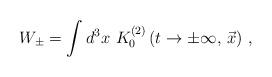
LaTeX: \begin{align*}W_\pm = \int d^3x\,\, K_0^{(2)}\left( t \to \pm\infty, \, {\vec x}\right)\,,\end{align*}